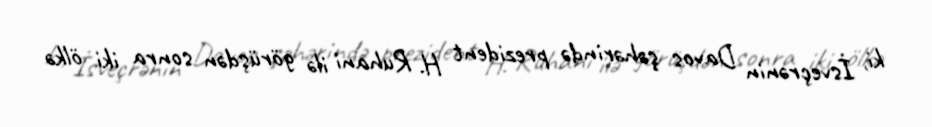
ki, İsveçrənin Davos şəhərində prezident H. Ruhani ilə görüşdən sonra iki ölkə